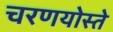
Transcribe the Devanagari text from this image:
चरणयोस्ते